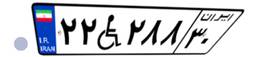
۲۲W۲۸۸۳۰